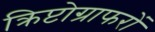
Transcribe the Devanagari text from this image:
क्रिप्टोग्राफरों